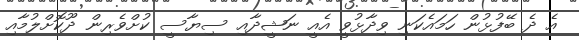
އެ ދެ ބޭފުޅުން ހަމައެކަނި ވިދާޅުވީ އެއީ ނަޝީދާއި ސިޔާސީ ކުށްވެރިން ދޫކޮށްލުމާއި